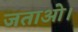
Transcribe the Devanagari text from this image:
जताओ।